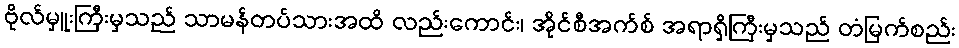
ဗိုလ်မှူးကြီးမှသည် သာမန်တပ်သားအထိ လည်းကောင်း၊ အိုင်စီအက်စ် အရာရှိကြီးမှသည် တံမြက်စည်း